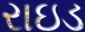
રાઇડ